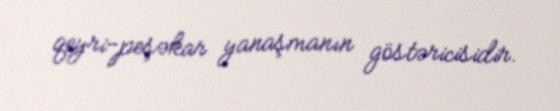
qeyri-peşəkar yanaşmanın göstəricisidir.